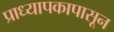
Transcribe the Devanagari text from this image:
प्राध्यापकापासून